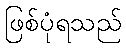
ဖြစ်ပုံရသည်